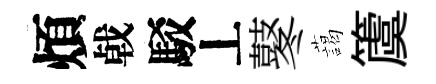
煩㦸駁丄鼕藹𥵂